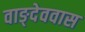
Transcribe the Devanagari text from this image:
वाङ्देववास